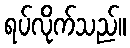
ရပ်လိုက်သည်။